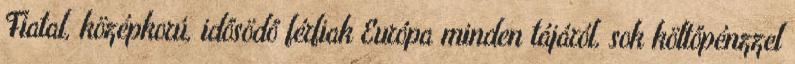
Fiatal, középkorú, idősödő férfiak Európa minden tájáról, sok költőpénzzel